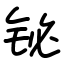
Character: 铋